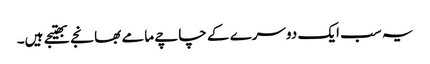
یہ سب ایک دوسرے کے چاچے مامے بھانجے بھتیجے ہیں۔